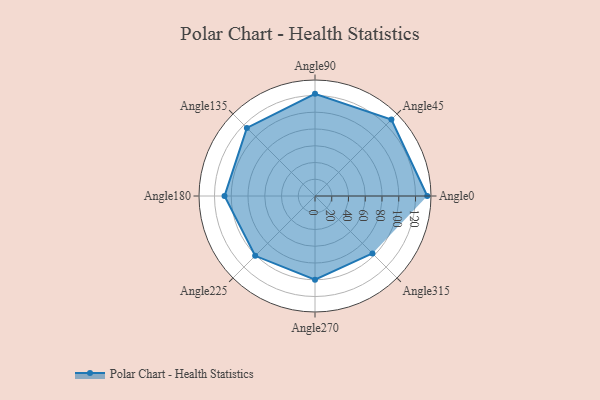
{"axis": {"x": "Angle", "y": "Radius"}, "legend": [""], "data": [{"x": "Angle0", "y": 134.0, "type": ""}, {"x": "Angle45", "y": 129.0, "type": ""}, {"x": "Angle90", "y": 122.0, "type": ""}, {"x": "Angle135", "y": 115.0, "type": ""}, {"x": "Angle180", "y": 108.0, "type": ""}, {"x": "Angle225", "y": 101.0, "type": ""}, {"x": "Angle270", "y": 100.0, "type": ""}, {"x": "Angle315", "y": 97.0, "type": ""}]}